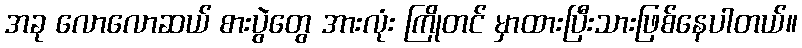
အခု လောလောဆယ် စားပွဲတွေ အားလုံး ကြိုတင် မှာထားပြီးသားဖြစ်နေပါတယ်။